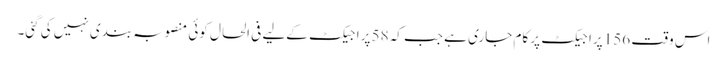
اس وقت 156 پراجیکٹ پر کام جاری ہے جب کہ 58 پراجیکٹ کےلیے فی الحال کوئی منصوبہ بندی نہیں کی گئی۔